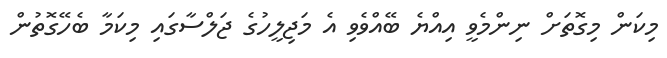
މިކަން މިގޮތަށް ނިންމެވީ އިއްޔެ ބޭއްވެވި އެ މަޖިލީހުގެ ޖަލްސާގައި މިކަމާ ބެހޭގޮތުން